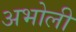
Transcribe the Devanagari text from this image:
अभोली